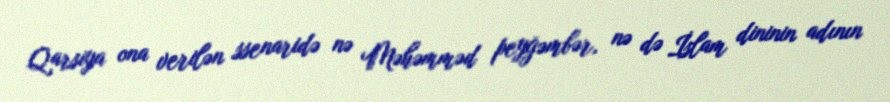
Qarsiya ona verilən ssenaridə nə Məhəmməd peyğəmbər, nə də İslam dininin adının